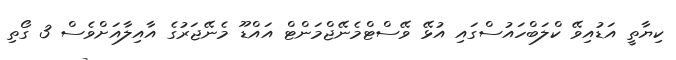
ކިޔާތީ އަޑުއިވޭ ކްލަބްހައުސްގައި އުޅޭ ވޭސްޓްމެނޭޖްމަންޓް އައްޑޫ މެނޭޖަރުގެ އާއިލާއަށްވެސް 3 ގޯތި